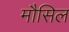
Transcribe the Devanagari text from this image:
मौसिल